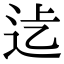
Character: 𨑵